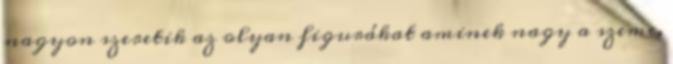
nagyon szeretik az olyan figurákat aminek nagy a szeme,